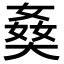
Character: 𡟗